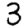
Digit: 3